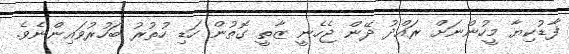
ފާޑުކިޔާ މީހުންނަށް ރައްދު ދޭން ޖެހެނީ ޒާތީ ގޮތުން ހަޑި ހުތުރު ބަހުރުވައިންނެވެ.